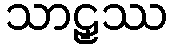
သာဠှဿ